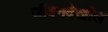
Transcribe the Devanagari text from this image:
जीवनदेखील